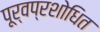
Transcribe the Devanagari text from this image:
पूर्वप्रशोधित